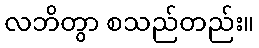
လဘိတွာ စသည်တည်း။